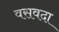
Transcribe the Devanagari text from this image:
वसवदा